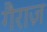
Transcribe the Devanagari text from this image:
गैराज़